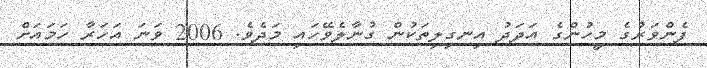
ފެންވަރުގެ މީހުންގެ އަދަދު އިނގިލިތަކުން ގުނާލެވޭހައި މަދެވެ. 2006 ވަނަ އަހަރާ ހަމައަށް